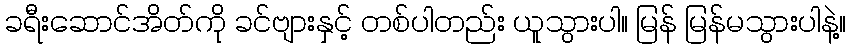
ခရီးဆောင်အိတ်ကို ခင်ဗျားနှင့် တစ်ပါတည်း ယူသွားပါ။ မြန် မြန်မသွားပါနဲ့။